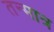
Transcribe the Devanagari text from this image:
तन्मात्र